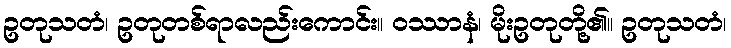
ဥတုသတံ၊ ဥတုတစ်ရာလည်းကောင်း။ ဝဿာနံ၊ မိုးဥတုတို့၏။ ဥတုသတံ၊